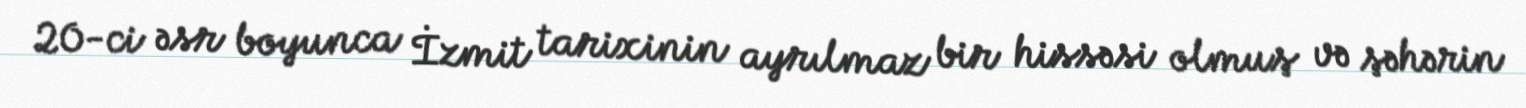
20-ci əsr boyunca İzmit tarixinin ayrılmaz bir hissəsi olmuş və şəhərin